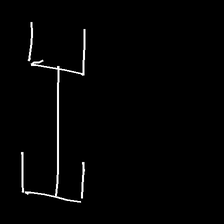
Glyph: entwine